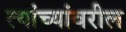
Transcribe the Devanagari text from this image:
त्यांच्यांवरील